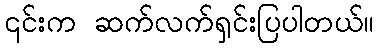
၎င်းက ဆက်လက်ရှင်းပြပါတယ်။